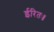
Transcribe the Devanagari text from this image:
ईरितः॥